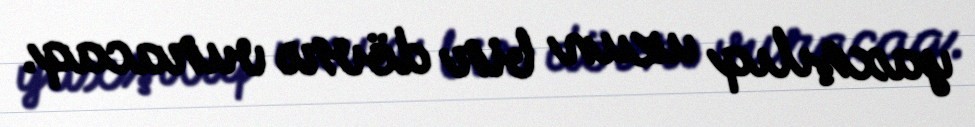
yaxşılıq uzun bir dövrə vuracaq.